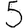
Digit: 5